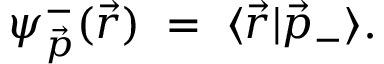
\psi _ { \vec { p } } ^ { - } ( \vec { r } ) \; = \; \langle \vec { r } | \vec { p } _ { - } \rangle .